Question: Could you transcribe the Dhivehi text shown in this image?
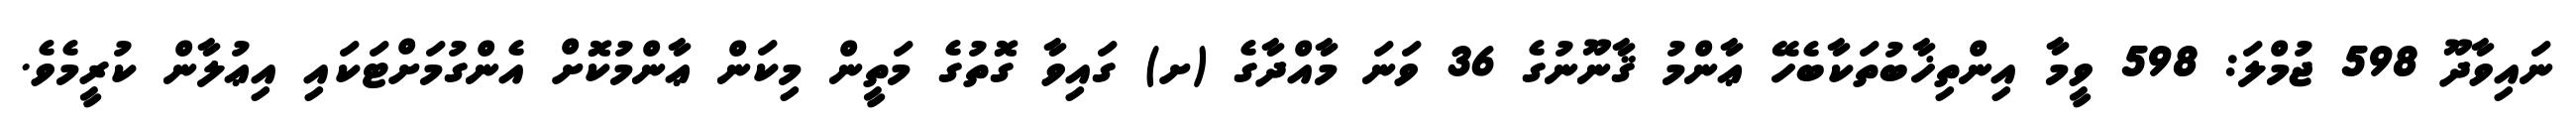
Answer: ނައިވާދޫ 598 ޖުމްލަ: 598 ވީމާ އިންތިޚާބުތަކާބެހޭ ޢާންމު ޤާނޫނުގެ 36 ވަނަ މާއްދާގެ (ށ) ގައިވާ ގޮތުގެ މަތީން މިކަން ޢާންމުކޮށް އެންގުމަށްޓަކައި އިޢުލާން ކުރީމެވެ.